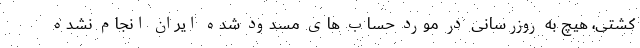
کشتی، هیچ به روزرسانی در مورد حساب های مسدود شده ایران انجام نشده